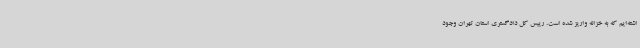
اشته‌ایم که به خزانه واریز شده است. رییس کل دادگستری استان تهران وجود